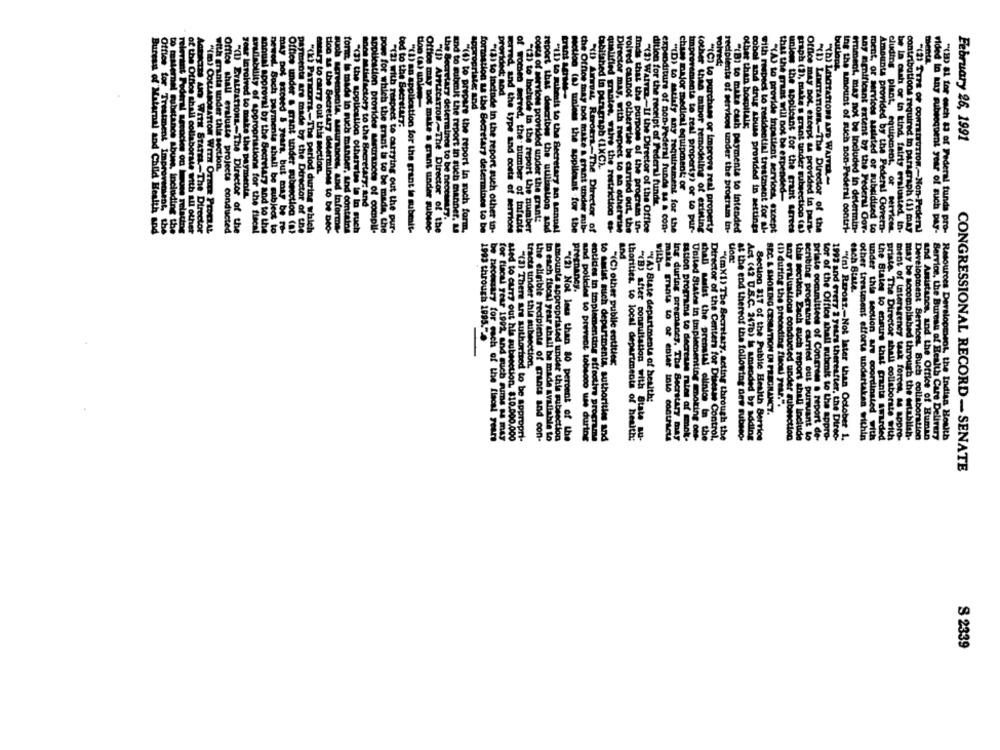
volved:
mente
provided: tod
Iopropriate; and
other than hospitals;
ted to the Secretary.
February 26, 1991
of the Office shall collabo
Office for Treatment Impro
with granta under this section.
estary to carry out this section.
Cabitshed in paragraph (1XC).
"h) LIGTAtion AND WAIVER-
that the print will not be expended
gear lavolved to make the paymenta.
chine major medical equipment: or
and thefactory to the Secretary; and
dition for the receipt of Federal funds.
the Secretary determines to be necemetry.
costs of services provided under the grant:
Bureau of Maternal and Child Health and
to maternal substance abuse, including the
relevant Podkral sévocies ou luce relating
ollaborate with all other
AGRICTES AND WITH STATES-The Director
"(m) COLLABORATION WITH OTHER PEDERAL
Office shall evaluate projects conducted
"(U) EVALUATIONE-The Director of the
srullebility of appropriations for the fiscal
annual approval by the Secretary and to the
newed. Soch payments shall be subject to
DO ** Ceed 5 years, but may be -
Office under a grant under subenction (a)
payments are made by the Director of the
"(k) Pancorrs-The period during which
tloo as the Secretary determines to be Deo-
such servements, Masurances, and informa-
form, la made in such minner, and contains
"(3) the application otherwise te in such
application provides sestrances of compli-
powe for which the trant ti to be made, the
"(2) with respect to carrying out the pur-
"(1) an application for the grant le subesit-
Office may not make a grant under subsec-
"(1) APPLICATION~The Director of the
und to submit the report in such manner. &
"(4) to prepare the report in such form,
formation ss the Secretary determines to be
"(3) to incinde in the report such other in-
wrred, and the type and costs of serrions
of women Herved, the number of infants
"(2) to Include In the report the number
report that describes the utilization and
"11) to Bubeats to the Secretary an senual
Mellon (2) tunins the applicant for the
the Office may bot make & grant under mib-
"to Armust Rtrotra-The Director of
qualified grantes. walve the restriction -
Director may, with respect to an otherwise
volved cannot otherwise be carried out, the
finds that the purpose of the programs in-
"(2) WAIVER If the Director of the Office
expenditure of non-Federal funds s & Con-
"(D) to satisfy any requirement for the
Improvements to real property, or to pur-
(other than minor remodeling of exteting
"(C) to purchase or improve real property
recipients of Services under the program in-
"(B) to make cash payments to Intended
cobal and drug abuse provided in settings
with respect to residential treatment for al-
"(A) to provide inpatient services, except
unless the applicant for the grant sarees
graph (2), make s grant under subsection (a)
Office may not. @keept sa provided in part-
"(1) LEaTATIONS-The Director of the
Ing the amount of such non-Federal contri-
Priment, may not be Included in determin-
any Emtficant extent by the Federal Cor-
ment, or services asalsted or subsidized to
Amounts provided by the Federal Covern-
cluding plant, equipment, or services.
be in cush or in kind, fairty ersiusted, in.
contributions required in paragraph (1) may
"(2) TTPS OF CONTEITUTION .- Non-Peder)
vided In any subsequent year of such pry-
"(8D &L for each 13 of Federal funds pro-
und
with-
Lon:
pregnancy.
each Bitte
Priate The Dir
1903 through 1995.
"(C) other publie entities;
tracts tinder this subsection.
""(A) Brate departments of health:
BEC. & SMOKING CESSATION DI PREGNANCY.
(1) during the preceding flaoni year.".
the eligible recipients of grants and con-
to each fiscal year shall be made available to
amounts appropristed under this subsection
"(2) Not less than 80 percent of the
thorities, to local departments of health:
"(B) after consultation with State su-
United States in implementing molting one-
shall Mailat the prenatal elinios in the
Director of the Centers for Disease Control.
"(mX1) The Secretary, acting through the
Act (42 U.S.C. 1476) Is amended by adding
tor of the Office shall submit to the appro-
1992 and every 2 years thereafter, the Direc-
"(n) Reroaz .- Not later than October 1.
other treatment efforts undertaken within
ment of Interagency task forces. M sopro-
may be accomplished through the establish-
Development Services, Buch collaboration
and Amistanes, and the Office of Human
Service, the Bureau of Health Care Delivery
Resources Derslopesot, the Indian Health
be necessary for each of the flacal years
for fiscal year 1992, and such Fume 3 may
ated to curry out his subsection. $10.000.000
"(3) There are authorized to be appropri-
and policies to prevent tobacco use during
entities in implementing effective programa
to seist mich departments, authorities and
make grants to of enter into contracts
Ing during pregnancy, The Secretary may
sAtion programs to decrease rates of emok-
at the end thereof the following new subseo.
Section 817 of the Public Health Service
any eraluations conducted under subesction
this section. Each such report shall Include
scribing programs carried out purant to
priate committees of Congress a report de-
under this section are coordinated with
the Blates to ensure that grants awarded
e Director shall collaborate with
CONGRESSIONAL RECORD - SENATE
S 2339